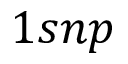
1 s n p